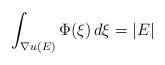
\begin{align*}\int _{\nabla u (E)} \Phi(\xi)\, d\xi = |E|\end{align*}